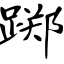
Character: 踯